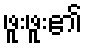
ဖူးဖူး၏